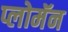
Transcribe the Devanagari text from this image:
प्लोमॅन